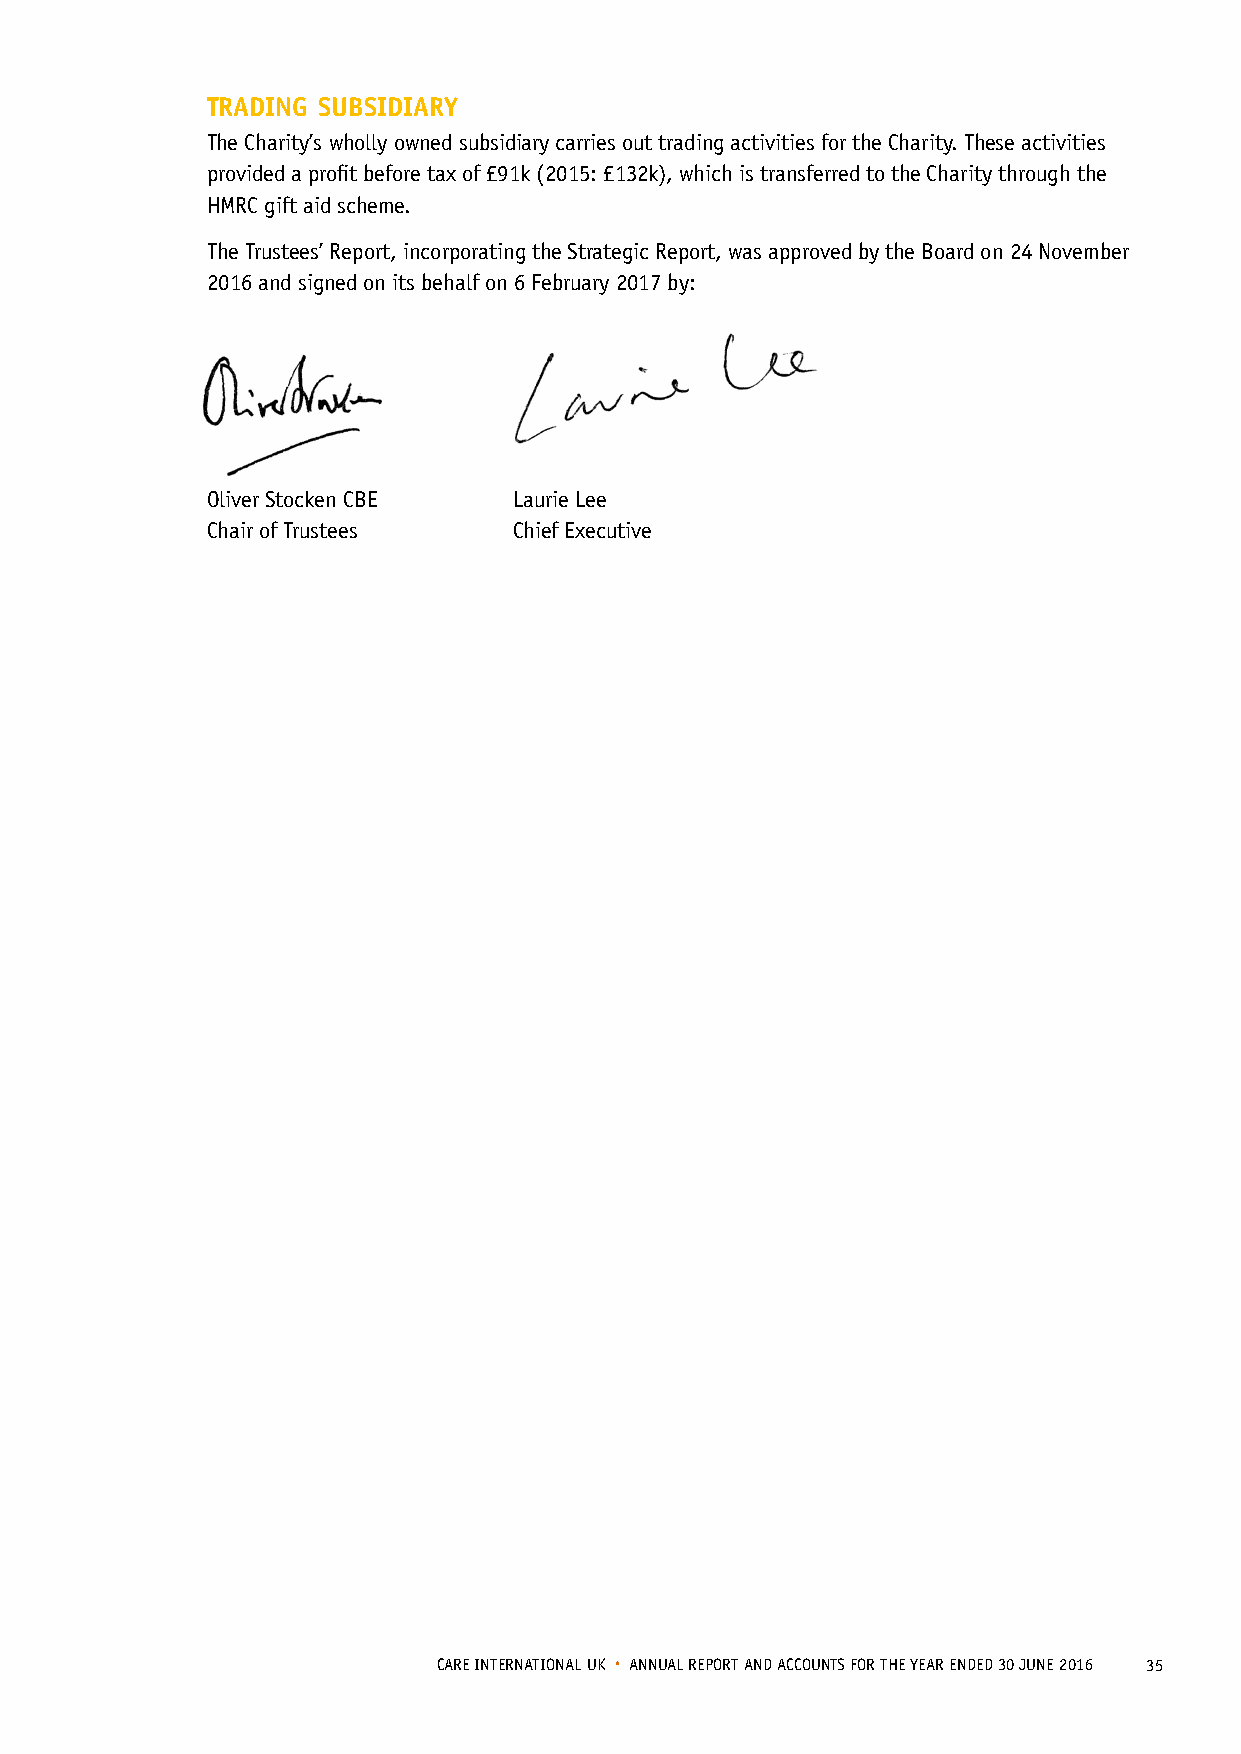
TRADING SUBSIDIARY
 The Charity’s wholly owned subsidiary carries out trading activities for the Charity. These activities
 provided a profit before tax of £91k (2015: £132k), which is transferred to the Charity through the
 HMRC gift aid scheme.
 The Trustees’ Report, incorporating the Strategic Report, was approved by the Board on 24 November
 2016 and signed on its behalf on 6 February 2017 by:
 Oliver Stocken CBE  Laurie Lee
 Chair of Trustees   Chief Executive
 CARE INTERNATIONAL UK • ANNUAL REPORT AND ACCOUNTS FOR THE YEAR ENDED 30 JUNE 2016 35